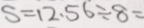
S = 1 2 . 5 6 \div 8 =